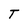
Character: T